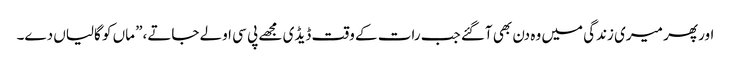
اور پھر میری زندگی میں وہ دن بھی آگئے جب رات کے وقت ڈیڈی مجھے پی سی اولے جاتے،” ماں کو گالیاں دے۔